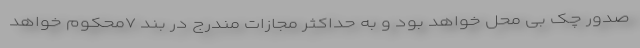
صدور چک بی محل خواهد بود و به حداکثر مجازات مندرج در بند ۷محکوم خواهد